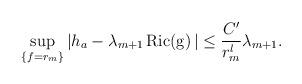
LaTeX: \begin{align*} \sup _{\{f=r_{m}\}} |h_a-\lambda_{m+1}\operatorname{Ric(g)}|\leq \frac{C'}{r_m^l}\lambda_{m+1}. \end{align*}